65_HS1-834228961_62-HQ-83894_Section_8
Agency: FBI
Page 95
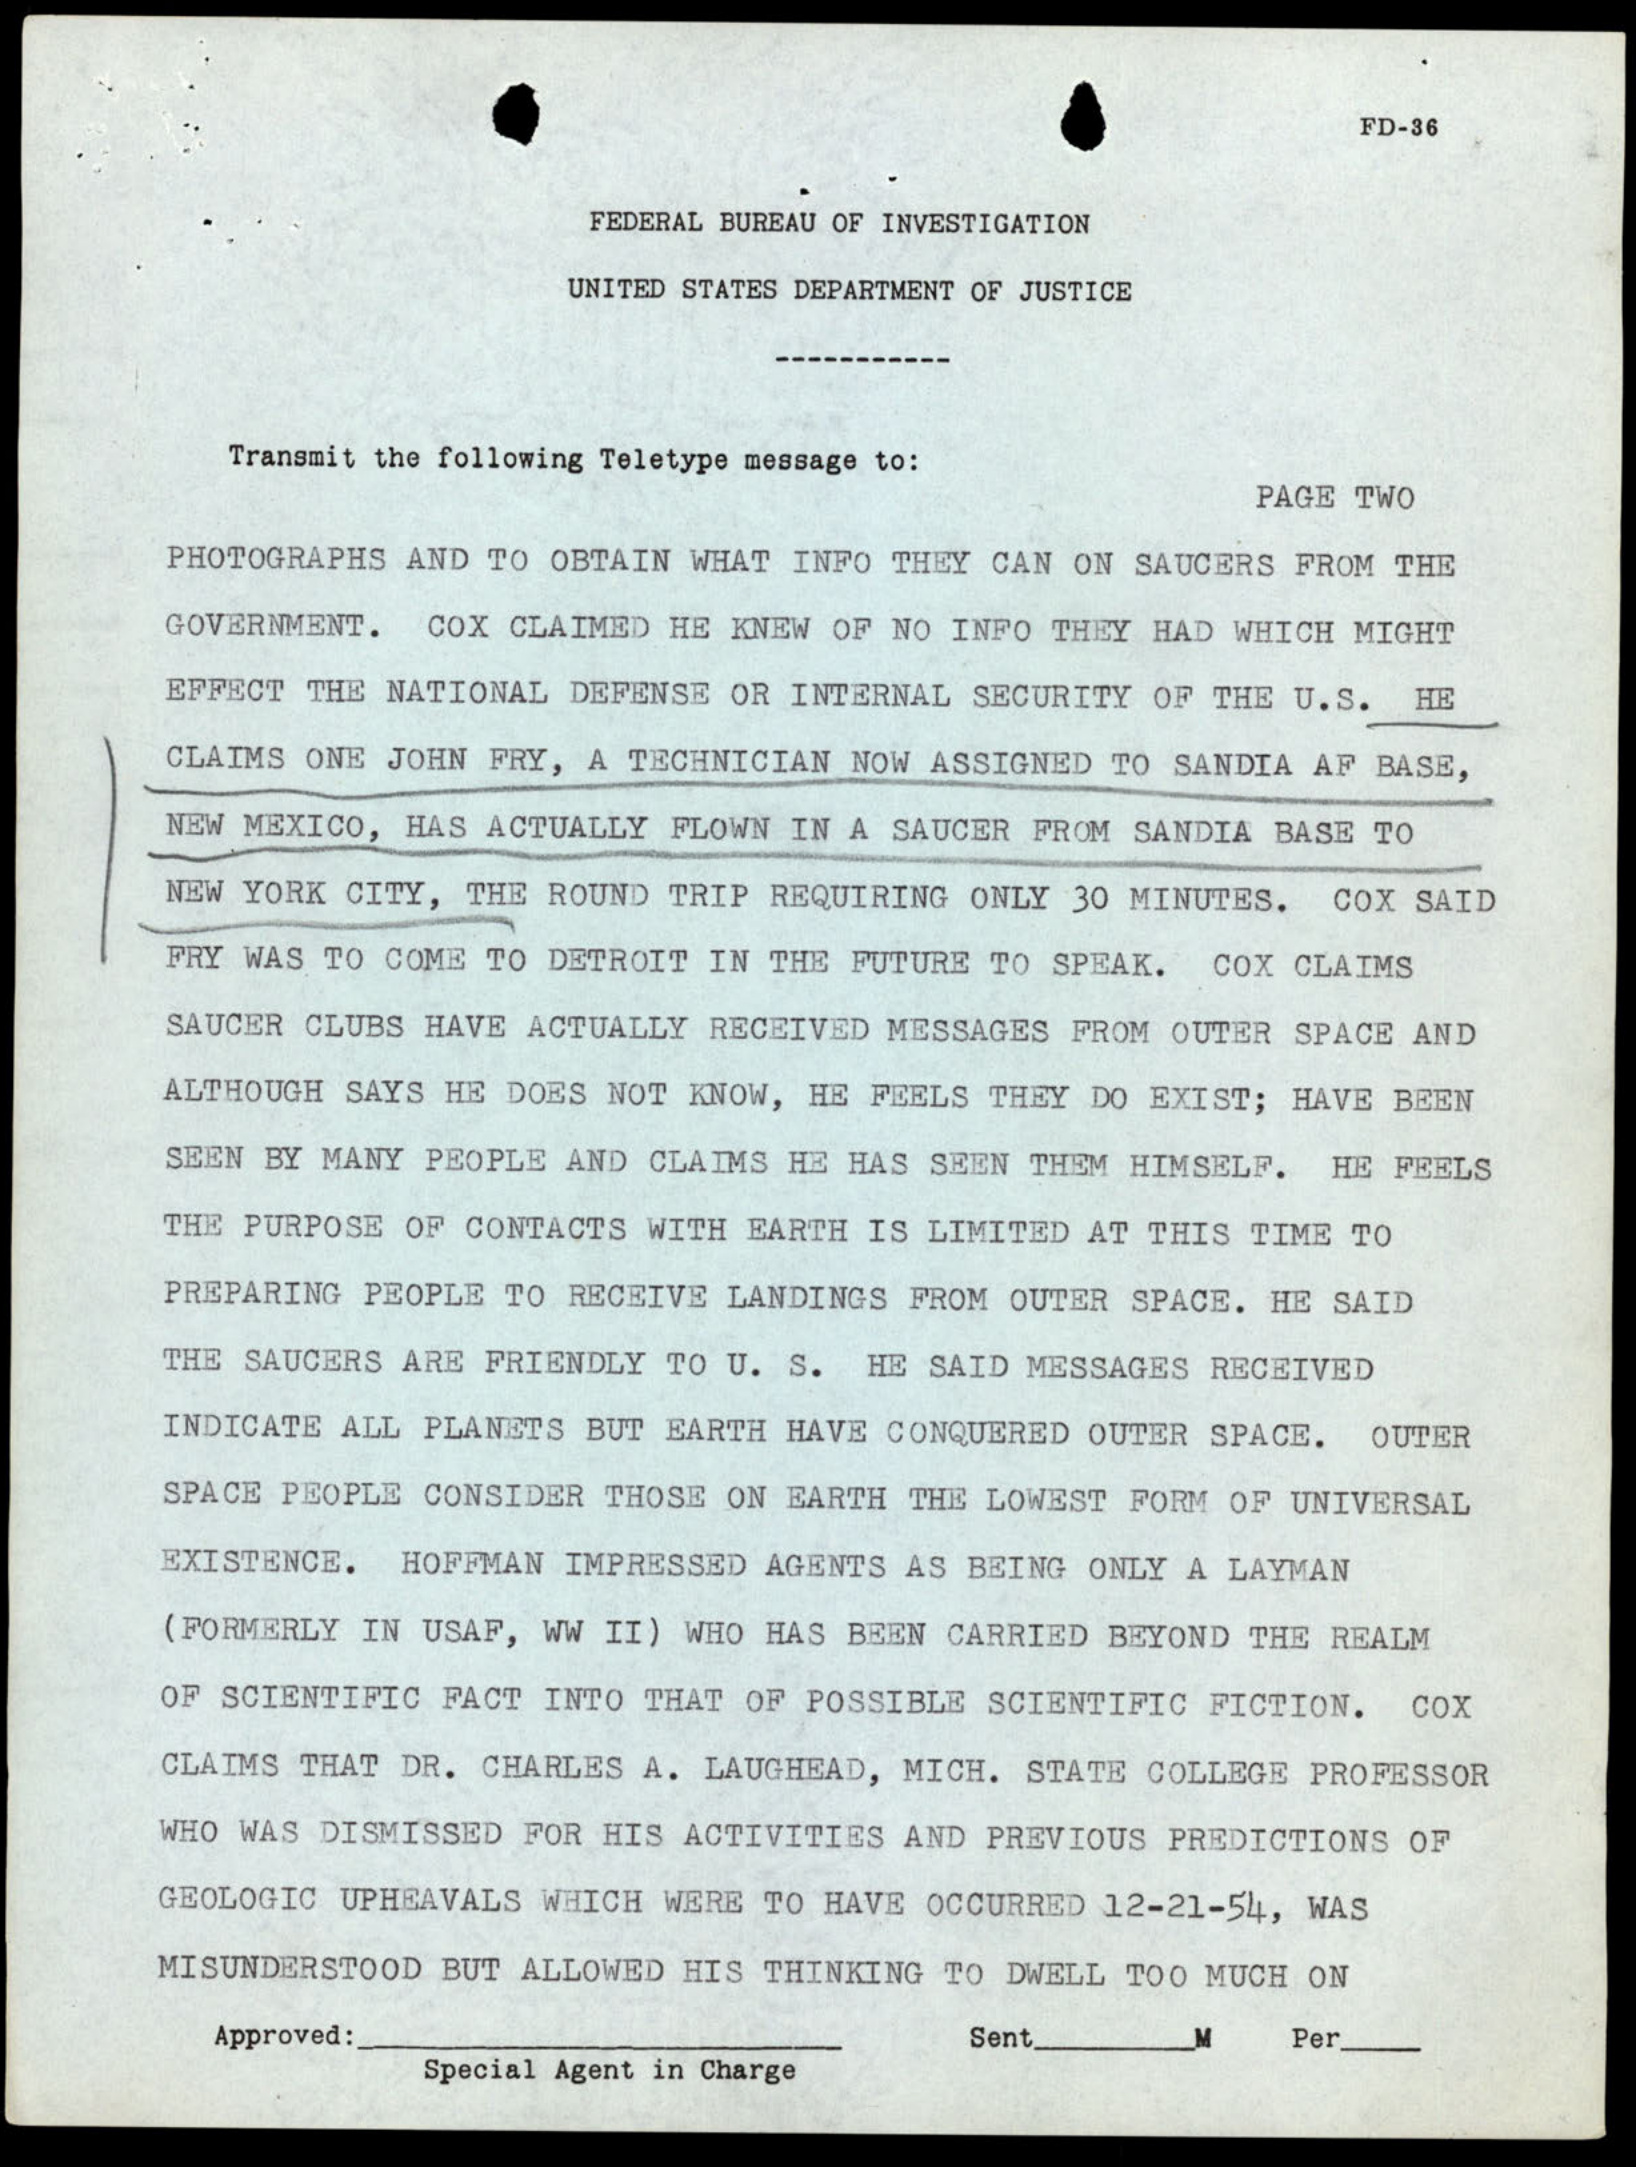